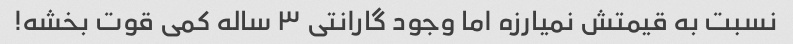
نسبت به قیمتش نمیارزه اما وجود گارانتی ۳ ساله کمی قوت بخشه!